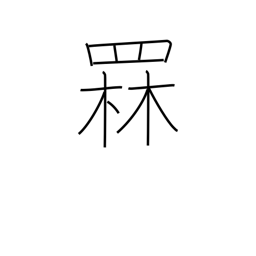
Meaning: luring fish with a bonfire